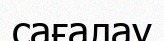
сағалау